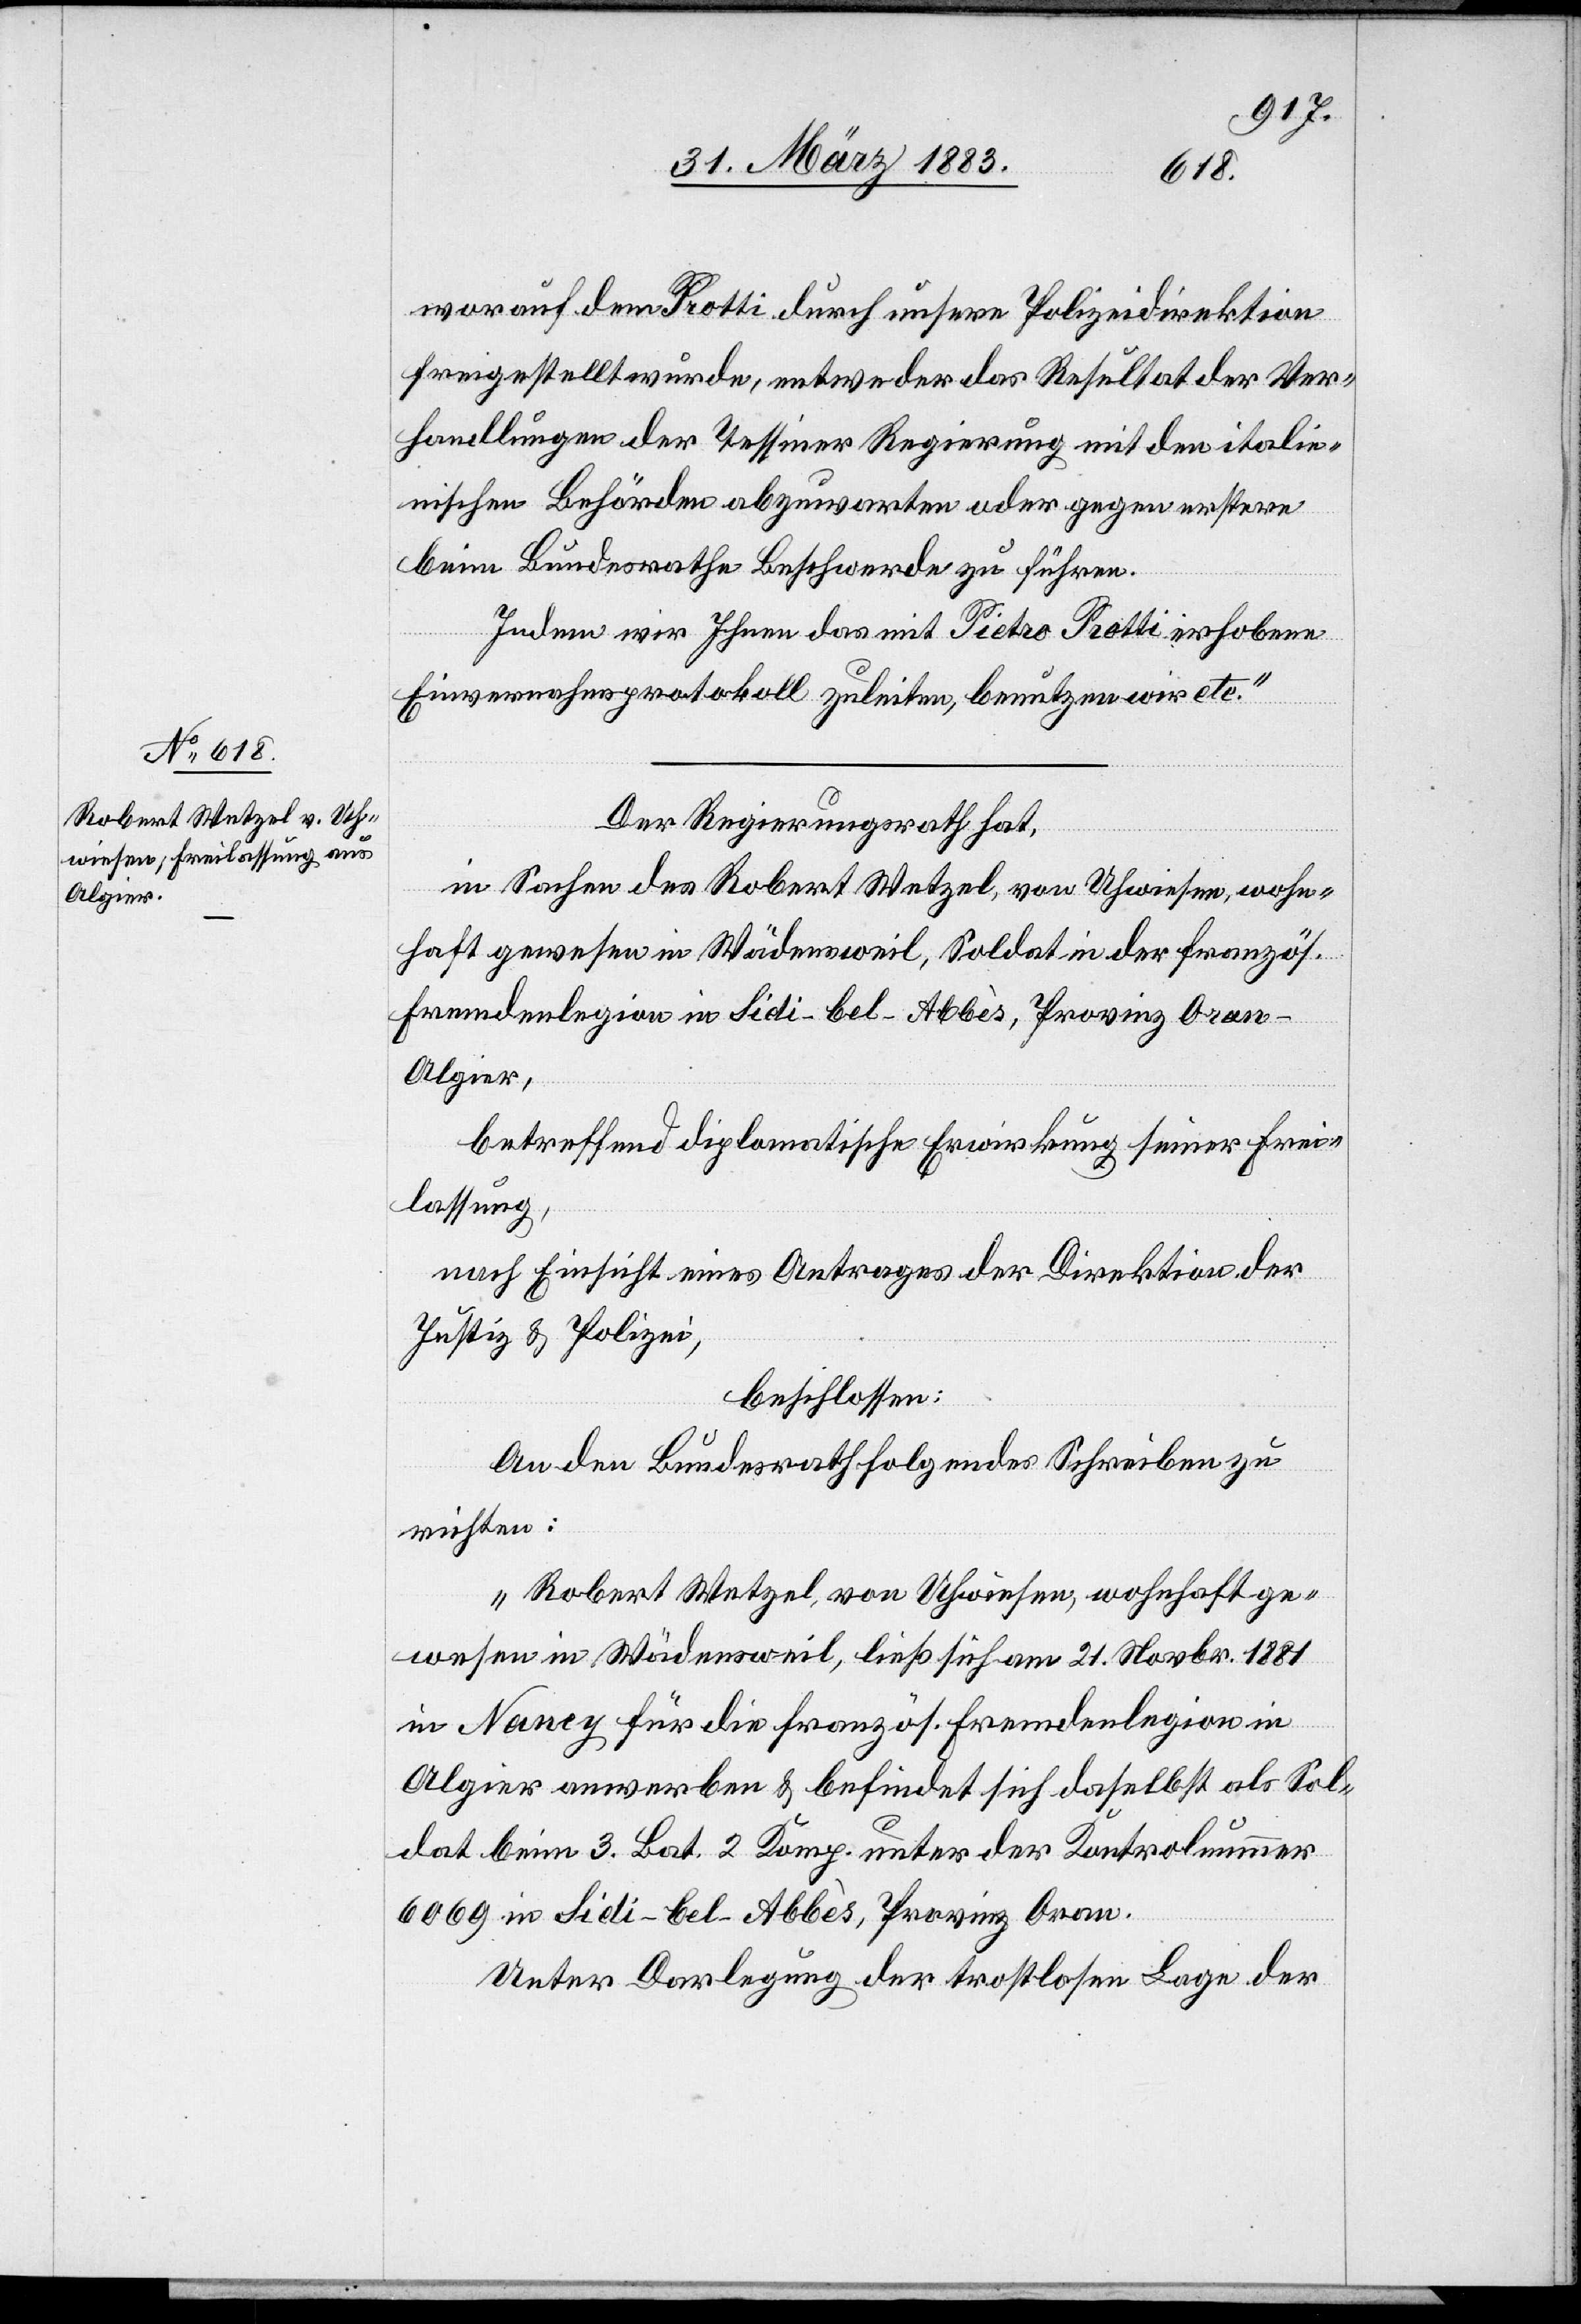
worauf dem Protti durch unsere Polizeidirektion
freigestellt wurde, entweder das Resultat der Ver¬
handlungen der Tessiner Regierung mit den italie¬
nischen Behörden abzuwarten oder gegen erstere
beim Bundesrathe Beschwerde zu führen.
Indem wir Ihnen das mit Pietro Protti erhobene
Einvernahmsprotokoll zuleiten, benutzen wir etc.“
Der Regierungsrath hat,
in Sachen des Robert Wetzel, von Uhwiesen, wohn¬
haft gewesen in Wädensweil, Soldat in der französ.
Fremdenlegion in Sidi-bel-Abbès, Provinz Oran
Algier,
betreffend diplomatische Erwirkung seiner Frei¬
lassung,
nach Einsicht eines Antrages der Direktion der
Justiz & Polizei,
beschlossen:
An den Bundesrath folgendes Schreiben zu
richten:
„Robert Wetzel, von Uhwiesen, wohnhaft ge¬
wesen in Wädensweil, ließ sich am 21. Novbr. 1881
in Nancy für die französ. Fremdenlegion in
Algier anwerben & befindet sich daselbst als Sol¬
dat beim 3. Bat. 2. Komp. unter der Kontrolnummer
6069 in Sidi-bel-Abbès, Provinz Oran.
Unter Darlegung der trostlosen Lage der